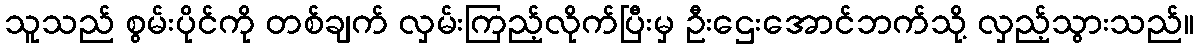
သူသည် စွမ်းပိုင်ကို တစ်ချက် လှမ်းကြည့်လိုက်ပြီးမှ ဦးဌေးအောင်ဘက်သို့ လှည့်သွားသည်။